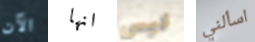
الآن انها ليس اسألني